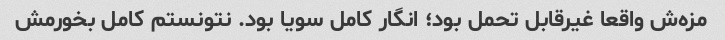
مزه‌ش واقعا غیرقابل تحمل بود؛ انگار کامل سویا بود. نتونستم کامل بخورمش